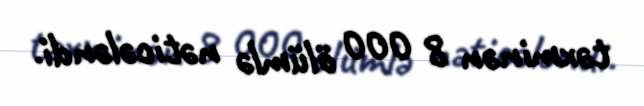
təxminən 8 000 ölümlə nəticələndi.